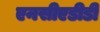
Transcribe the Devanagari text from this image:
एनसीएडीडी